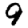
Digit: 9